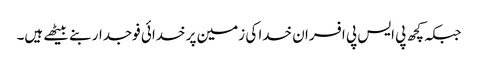
جبکہ کچھ پی ایس پی افسران خدا کی زمین پر خدائی فوجدار بنے بیٹھے ہیں۔